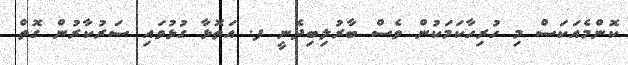
ކޮންމެއަކަސް މި ހުރިހާކަމަކުން ވެސް ބާރުލިބިދެނީ ފ. އަތޮޅާ ގުޅުވައި ސަރުކާރުން ގޮތް